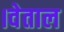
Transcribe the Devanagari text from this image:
।वेताल